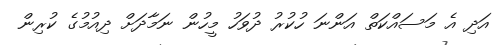
އަދި އެ މަސައްކަތް އަންނަ ހުކުރު ދުވަހު މީހުން ނަމާދަށް ދިއުމުގެ ކުރިން